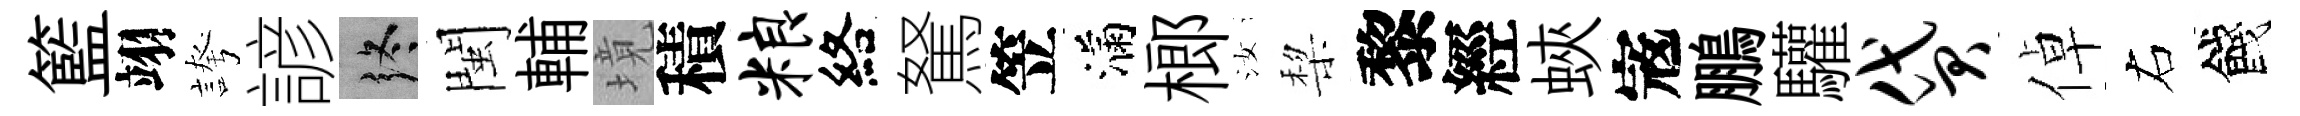
籃翊誇諺终閩輔境積粮絡駑笠滿榔汝棃黎經蛺𡨥鵬驩贷倬右餞